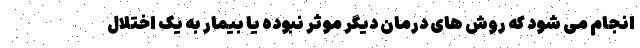
انجام می شود که روش های درمان دیگر موثر نبوده یا بیمار به یک اختلال